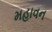
મહાવન